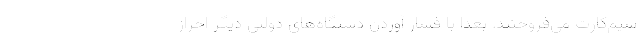
سیم‌کارت می‌فروختند. بعدا با فشار آوردن دستگاه‌های دولتی دیگر احراز